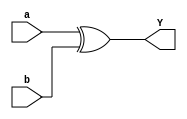
module xor_data(a,b,Y);
input a,b;
output Y;
assign Y=a^b;
endmodule